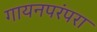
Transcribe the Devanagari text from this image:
गायनपरंपरा